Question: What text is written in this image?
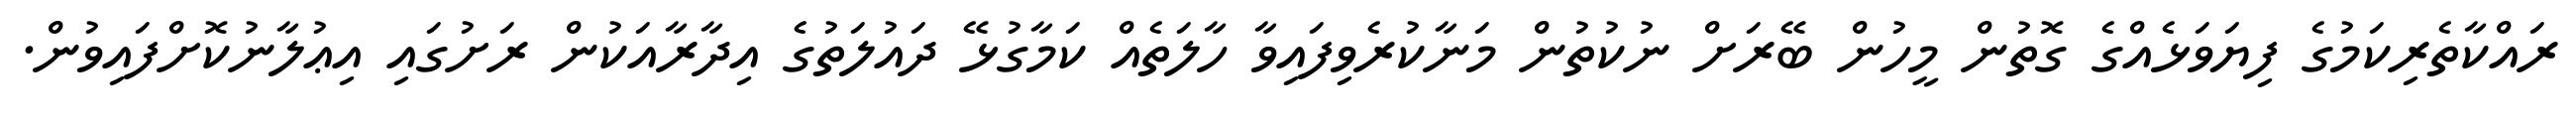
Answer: ރައްކާތެރިކަމުގެ ފިޔަވަޅެއްގެ ގޮތުން މީހުން ބޭރަށް ނުކުތުން މަނާކުރެވިފައިވާ ހާލަތެއް ކަމާގުޅޭ ދައުލަތުގެ އިދާރާއަކުން ރަށުގައި އިޢުލާނުކޮށްފައިވުން.